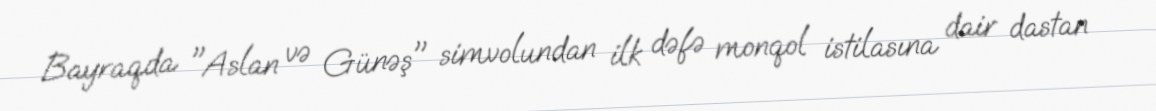
Bayraqda "Aslan və Günəş" simvolundan ilk dəfə monqol istilasına dair dastan